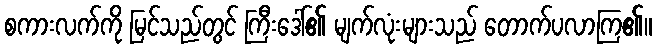
စကားလက်ကို မြင်သည်တွင် ကြီးဒေါ်၏ မျက်လုံးများသည် တောက်ပလာကြ၏။